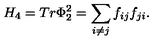
H _ { 4 } = T r \Phi _ { 2 } ^ { 2 } = \sum _ { i \neq j } f _ { i j } f _ { j i } .